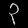
Digit: ၃